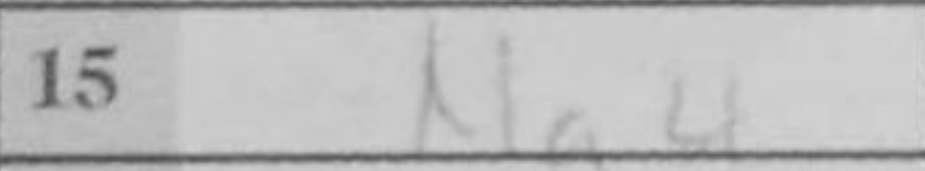
Transcription: Na4